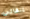
إبقائي